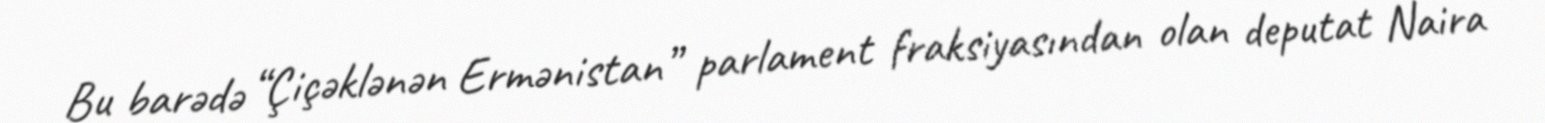
Bu barədə “Çiçəklənən Ermənistan” parlament fraksiyasından olan deputat Naira